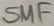
Text: SMF